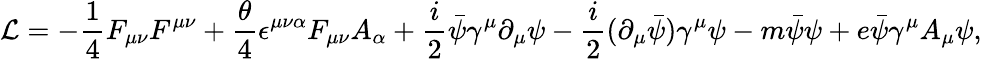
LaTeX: {\cal L}=-\frac{1}{4}F_{\mu\nu}F^{\mu\nu}+\frac{\theta}{4}\epsilon^{\mu\nu\alpha}F_{\mu\nu}A_{\alpha}+\frac{i}{2}\bar{\psi}\gamma^{\mu}\partial_{\mu}\psi-\frac{i}{2}(\partial_{\mu}\bar{\psi})\gamma^{\mu}\psi-m\bar{\psi}\psi+e\bar{\psi}\gamma^{\mu}A_{\mu}\psi,